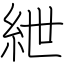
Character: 紲